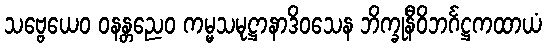
သဗ္ဗေယေဝ ဝနန္တညေဝ ကမ္မသမုဋ္ဌာနာဒိဝသေန ဘိက္ခုနီဝိဘင်္ဂဋ္ဌကထာယံ